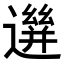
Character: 𨗙